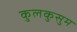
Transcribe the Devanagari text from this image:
कुलकुसुम